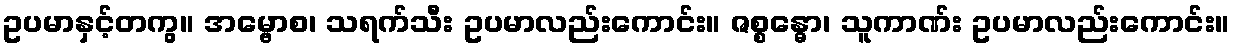
ဥပမာနှင့်တကွ။ အမ္ဗောစ၊ သရက်သီး ဥပမာလည်းကောင်း။ ဇစ္စန္ဓော၊ သူကာဏ်း ဥပမာလည်းကောင်း။